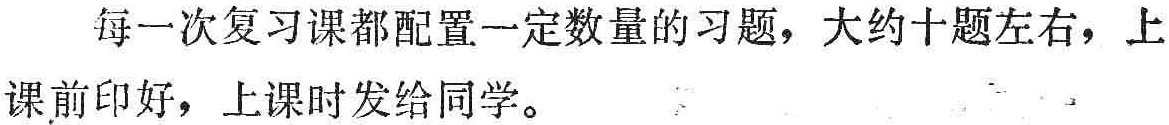
每一次复习课都配置一定数量的习题，大约十题左右，上课前印好，上课时发给同学。